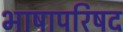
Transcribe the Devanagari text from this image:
भाषापरिषद